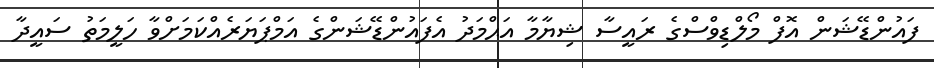
ފައުންޑޭޝަން އޮފް މޯލްޑިވްސްގެ ރައީސާ ޝިޔާމާ އަޙްމަދު އެފައުންޑޭޝަންގެ އަމްޕަޔަރެއްކަމަށްވާ ހަލީމަތު ސައީދާ